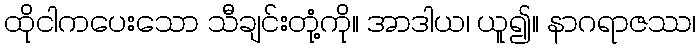
ထိုငါကပေးသော သီချင်းတုံ့ကို။ အာဒါယ၊ ယူ၍။ နာဂရာဇဿ၊